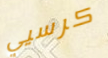
كرسيي